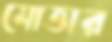
মোত্তার